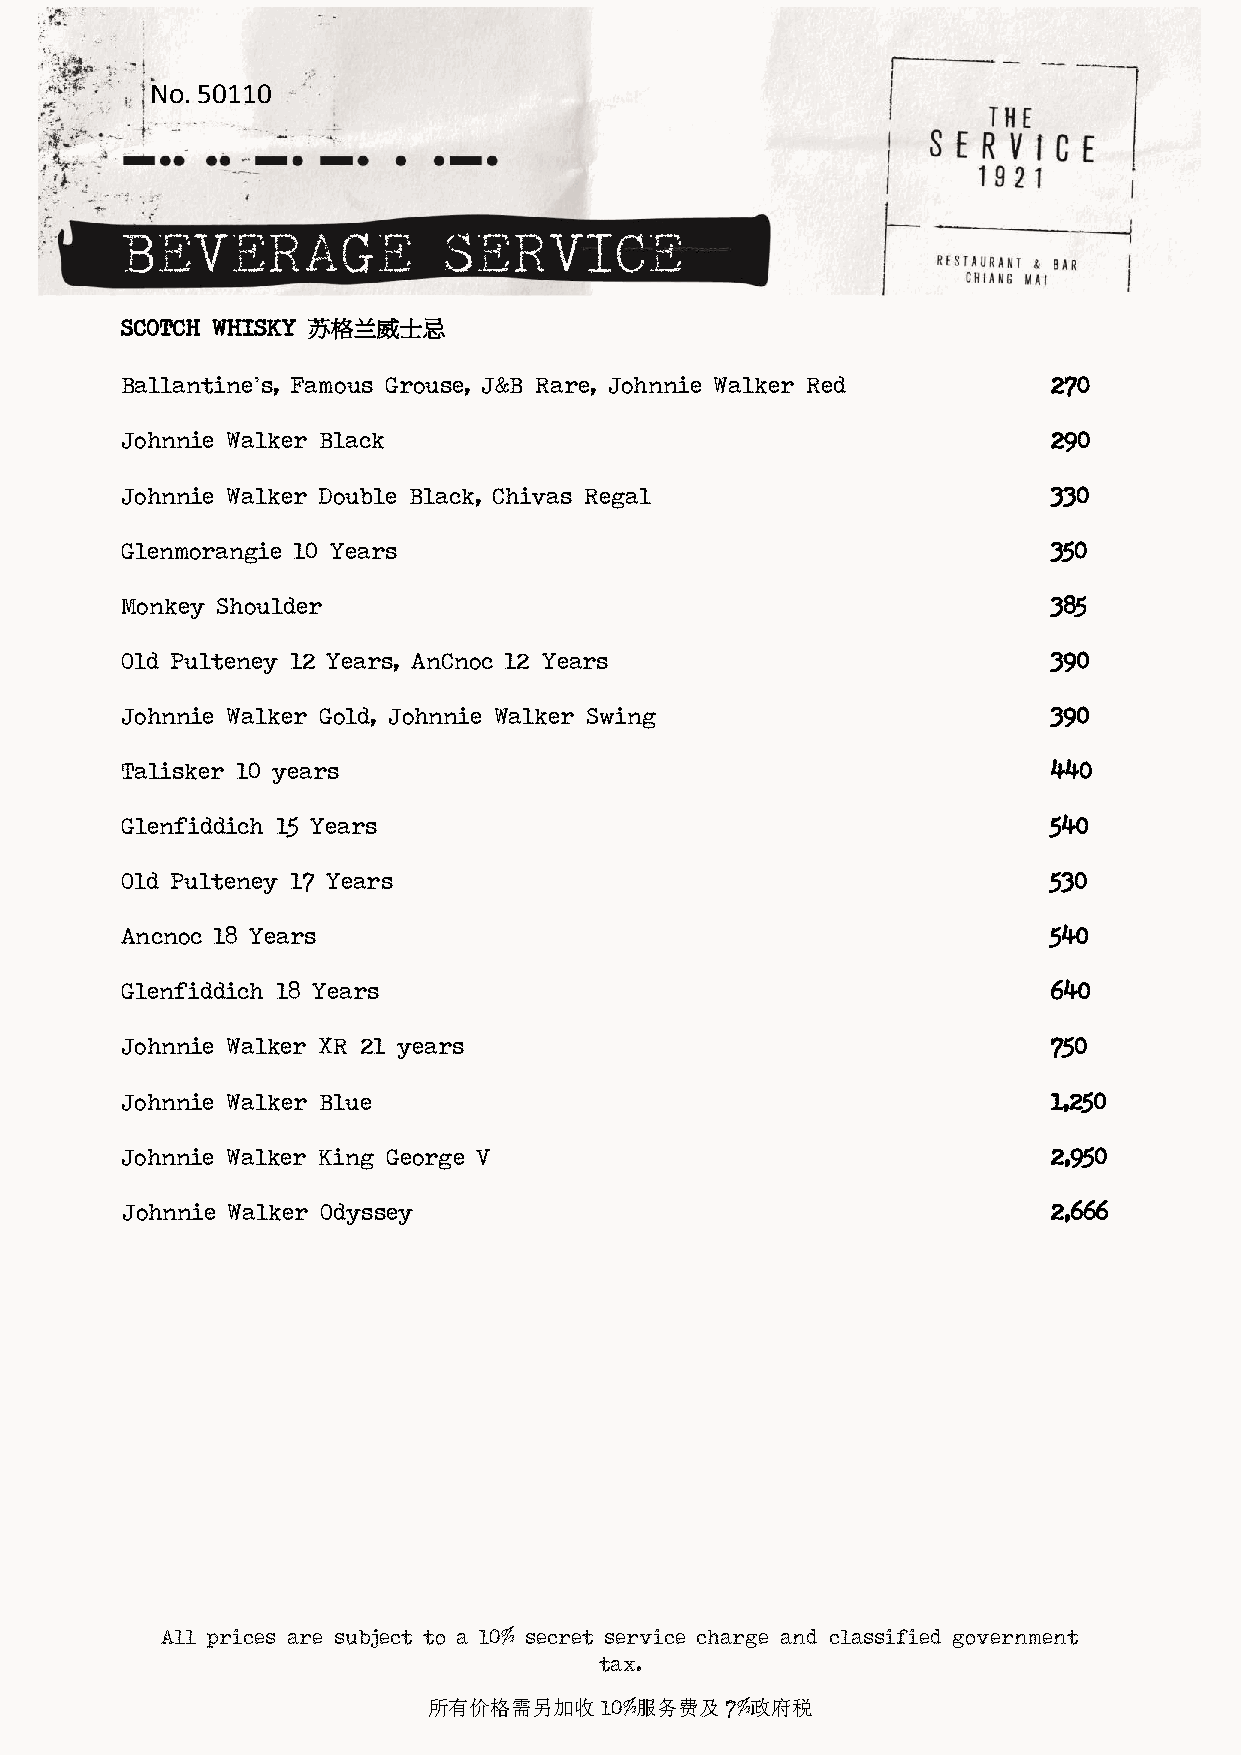
No. 50110
 BEVERAGE             SERVICE
 SCOTCH WHISKY 苏格兰威士忌
 Ballantine’s, Famous Grouse, J&B Rare, Johnnie Walker Red     270
 Johnnie Walker Black                                          290
 Johnnie Walker Double Black, Chivas Regal                     330
 Glenmorangie 10 Years                                         350
 Monkey Shoulder                                               385
 Old Pulteney 12 Years, AnCnoc 12 Years                        390
 Johnnie Walker Gold, Johnnie Walker Swing                     390
 Talisker 10 years                                             440
 Glenfiddich 15 Years                                          540
 Old Pulteney 17 Years                                         530
 Ancnoc 18 Years                                               540
 Glenfiddich 18 Years                                          640
 Johnnie Walker XR 21 years                                    750
 Johnnie Walker Blue                                           1,250
 Johnnie Walker King George V                                  2,950
 Johnnie Walker Odyssey                                        2,666
 All prices are subject to a 10% secret service charge and classified government
 tax.
 所有价格需另加收10%服务费及7%政府税